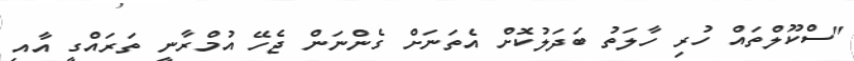
"ސްކޫލްތައް ހުރި ހާލަތު ބަދަލުކޮށް އެތަނަށް ގެންނަން ޖެހޭ އުމްރާނީ ތަރައްގީ އާއި